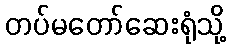
တပ်မတော်ဆေးရုံသို့